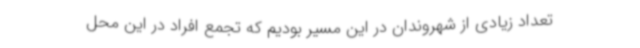
تعداد زیادی از شهروندان در این مسیر بودیم که تجمع افراد در این محل